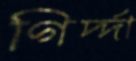
গির্দ্দা